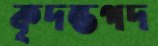
কৃদন্তপদ